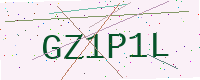
Text: GZ1P1L